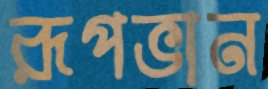
রূপভান